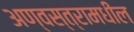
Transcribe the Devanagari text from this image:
अण्वस्त्रामधील